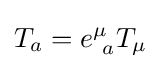
T_{a}=e_{\ a}^{\mu }T_{\mu }